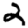
Digit: 2